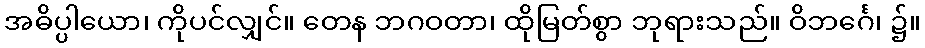
အဓိပ္ပါယော၊ ကိုပင်လျှင်။ တေန ဘဂဝတာ၊ ထိုမြတ်စွာ ဘုရားသည်။ ဝိဘင်္ဂေ၊ ၌။